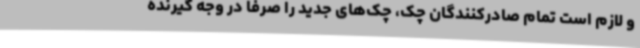
و لازم است تمام صادرکنندگان چک، چک‌های جدید را صرفاً در وجه گیرنده